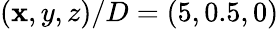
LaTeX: (\mathbf{x},y,z)/D=(5,0.5,0)